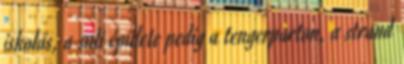
iskolás, a suli épülete pedig a tengerparton, a strand